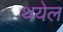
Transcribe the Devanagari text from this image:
थयेल